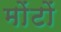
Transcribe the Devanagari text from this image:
मोंटों